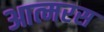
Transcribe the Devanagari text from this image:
आत्मरस